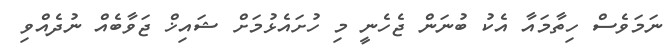
ނަމަވެސް ހިތާމައާ އެކު ބުނަން ޖެހެނީ މި ހުށައެޅުމަށް ޝައިޚް ޖަވާބެއް ނުދެއްވި